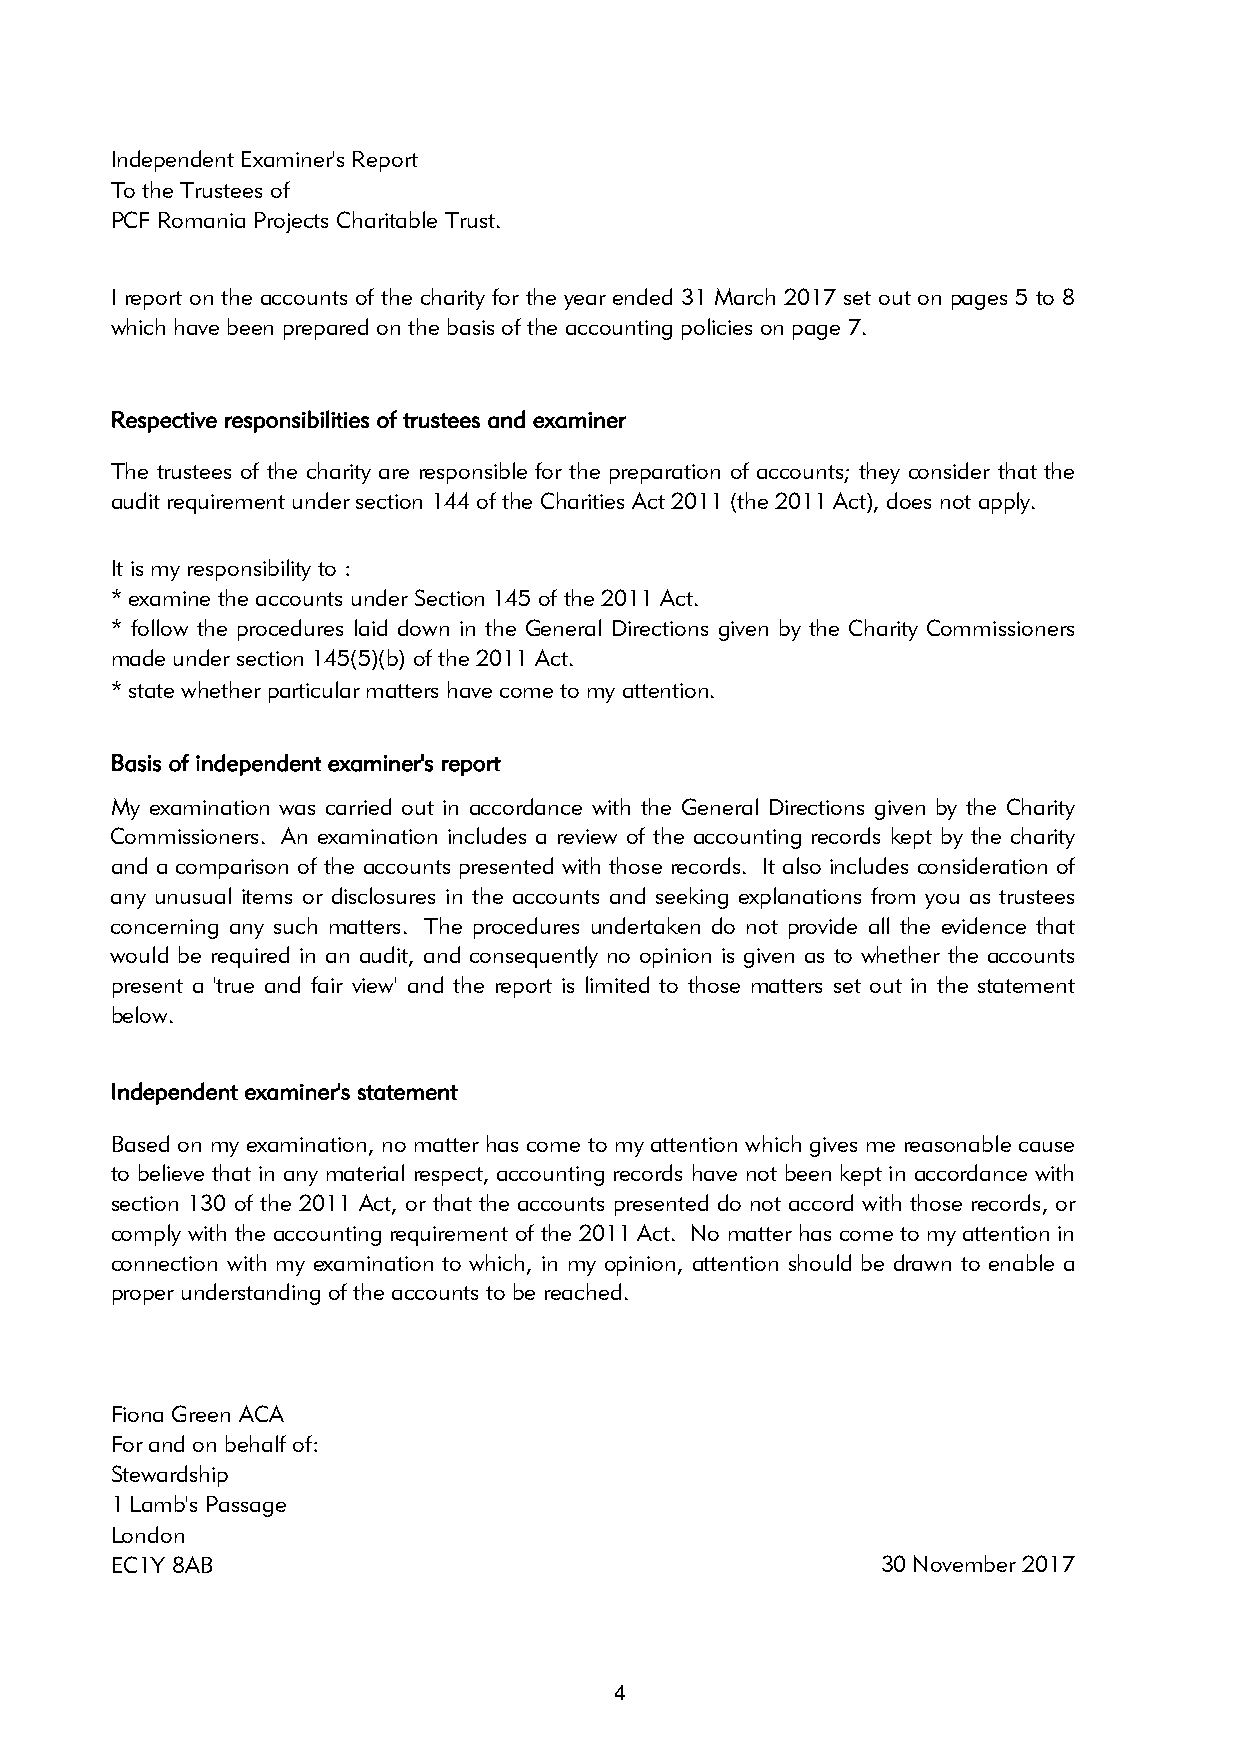
Independent Examiner's Report
 To the Trustees of
 PCF Romania Projects Charitable Trust.
 I report on the accounts of the charity for the year ended 31 March 2017 set out on pages 5 to 8
 which have been prepared on the basis of the accounting policies on page 7.
 Respective responsibilities of trustees and examiner
 The trustees of the charity are responsible for the preparation of accounts; they consider that the
 audit requirement under section 144 of the Charities Act 2011 (the 2011 Act), does not apply.
 It is my responsibility to :
 * examine the accounts under Section 145 of the 2011 Act.
 * follow the procedures laid down in the General Directions given by the Charity Commissioners
 made under section 145(5)(b) of the 2011 Act.
 * state whether particular matters have come to my attention.
 Basis of independent examiner's report
 My examination was carried out in accordance with the General Directions given by the Charity
 Commissioners. An examination includes a review of the accounting records kept by the charity
 and a comparison of the accounts presented with those records. It also includes consideration of
 any unusual items or disclosures in the accounts and seeking explanations from you as trustees
 concerning any such matters. The procedures undertaken do not provide all the evidence that
 would be required in an audit, and consequently no opinion is given as to whether the accounts
 present a 'true and fair view' and the report is limited to those matters set out in the statement
 below.
 Independent examiner's statement
 Based on my examination, no matter has come to my attention which gives me reasonable cause
 to believe that in any material respect, accounting records have not been kept in accordance with
 section 130 of the 2011 Act, or that the accounts presented do not accord with those records, or
 comply with the accounting requirement of the 2011 Act. No matter has come to my attention in
 connection with my examination to which, in my opinion, attention should be drawn to enable a
 proper understanding of the accounts to be reached.
 Fiona Green ACA
 For and on behalf of:
 Stewardship
 1 Lamb's Passage
 London
 EC1Y 8AB                                           30 November 2017
 4